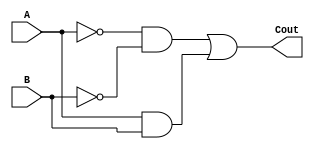
module isSame(A, B, Cout);
	
	input A, B;
	output Cout;
	
	wire C1, C2, C3;
	and and1(C1, ~A, ~B);
	and and2(C2, A, B);
	or or1(C3, C1, C2);
	
	assign Cout = C3;

endmodule